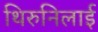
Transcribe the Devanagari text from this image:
थिरुनिलाई